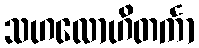
သဟလောဟိတင်္ကာ